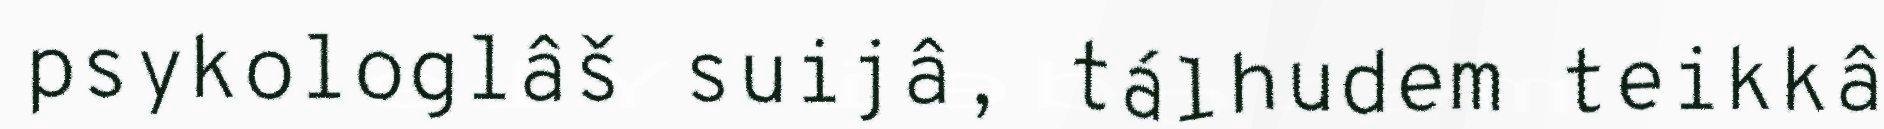
psykologlâš suijâ, tálhudem teikkâ